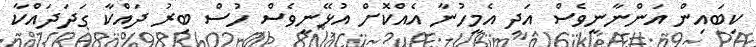
ކިބައިން އަންނާނީވެސް އަދި އެމީހުނާ އެއްކޮށް އުޅޭނީވެސް ހުސް ބިރު ދައްކާ ގަދަދައްކާ